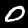
Label: 0